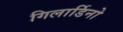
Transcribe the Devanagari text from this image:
गिलार्डिनो